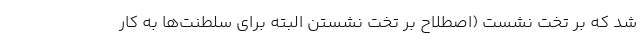
شد که بر تخت نشست (اصطلاح بر تخت نشستن البته برای سلطنت‌ها به کار